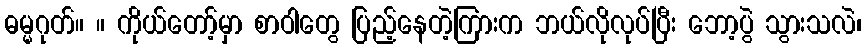
ဓမ္မဂုတ်။ ။ ကိုယ်တော့်မှာ စာဝါတွေ ပြည့်နေတဲ့ကြားက ဘယ်လိုလုပ်ပြီး ဘော့ပွဲ သွားသလဲ၊